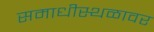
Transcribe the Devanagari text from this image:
समाधीस्थळावर